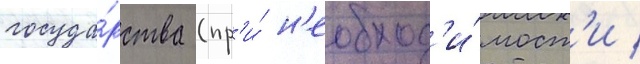
госуда́рства (пр'и́ н'еобход'и́мост'и /